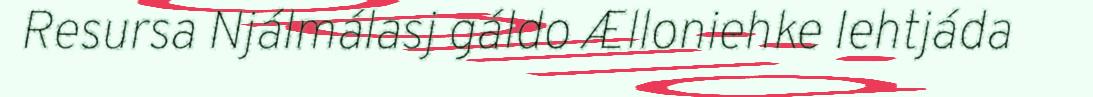
Resursa Njálmálasj gáldo Ælloniehke Iehtjáda